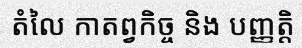
តំលៃ កាតព្វកិច្ច និង បញ្ញត្តិ